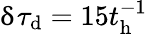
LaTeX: \updelta\tau_{\mathrm{d}}=15t_{\mathrm{h}}^{-1}